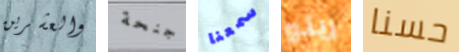
والعشرين جنحة سمعنا رينو حسنا